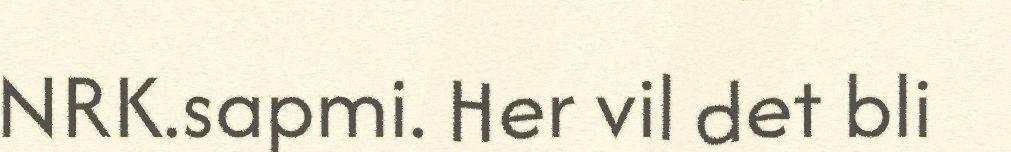
NRK.sapmi. Her vil det bli